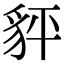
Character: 𧲺